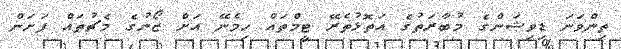
ތިންވަނަ ޑިވިޝަންގެ މުބާރަތުގެ އަތޮޅުތެރޭ ޓީމްތައް ހިމެނޭ އަށް ޒޯނުގެ މެޗުތައް ފަށަން